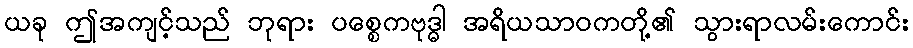
ယခု ဤအကျင့်သည် ဘုရား ပစ္စေကဗုဒ္ဓါ အရိယသာဝကတို့၏ သွားရာလမ်းကောင်း